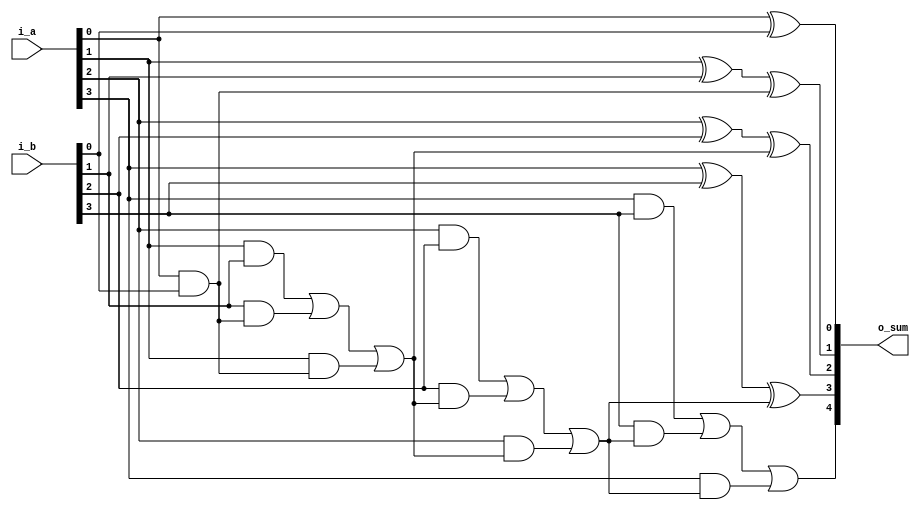
module adder_4b (

        input [WIDTH-1:0] i_a,
        input [WIDTH-1:0] i_b,
        output [WIDTH:0] o_sum
    
    );
        parameter WIDTH = 4; 
        
        reg [WIDTH:0] sum_p;
        reg [WIDTH-1:0] cout;
        reg [WIDTH-1:0] cin;
  

    //

    /*
    always @(*) begin
        sum_p = i_a^i_b^cin;
        cout = (i_a&i_b)|(i_b&cin)|(i_a&cin);
        cin = cout;
    end*/


    always @(*)
        begin
    // [0] //Half Adder for the first bit (bit [0])
            sum_p[0] = i_a[0]^i_b[0];
            cout[0] = (i_a[0]&i_b[0]);
    // [1] //Full Adder for the rest of the bits (bit [1] to bit [3])
            sum_p[1] = i_a[1]^i_b[1]^cout[0];        // sum_p = ((~i_a)*(~i_b)*cout)+((~i_a)*i_b*(~cout))+(i_a*(~i_b)*(~cout))+(i_a*(i_b)*(cout))
            cout[1] = (i_a[1]&i_b[1])|(i_b[1]&cout[0])|(i_a[1]&cout[0]); // cout = (i_a)(i_b)+(i_a)(cout)+(i_b)(cout)
    // [2]
            sum_p[2] = i_a[2]^i_b[2]^cout[1];
            cout[2] = (i_a[2]&i_b[2])|(i_b[2]&cout[1])|(i_a[2]&cout[1]);
    // [3]
            sum_p[3] = i_a[3]^i_b[3]^cout[2];
            cout[3] = (i_a[3]&i_b[3])|(i_b[3]&cout[2])|(i_a[3]&cout[2]);
    // [4]  
            sum_p[4] = cout[3];
        end


    assign o_sum = sum_p;

    endmodule